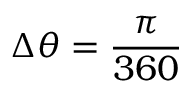
\Delta \theta = \frac { \pi } { 3 6 0 }